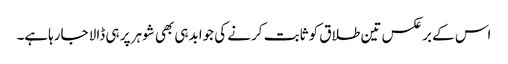
اس کے برعکس تین طلاق کو ثابت کرنے کی جوابدہی بھی شوہر پر ہی ڈالا جارہاہے۔